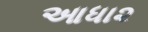
આધા૨